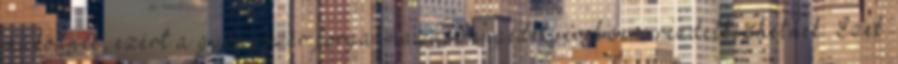
működnek, ezért a gyógyszer forgalmazási engedélyével sem rendelkezhetnek. Ezek